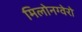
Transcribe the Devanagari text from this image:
मिलोनग्वेरो